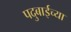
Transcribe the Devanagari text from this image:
पदुबाईच्या